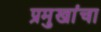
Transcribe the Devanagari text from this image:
प्रमुखांचा